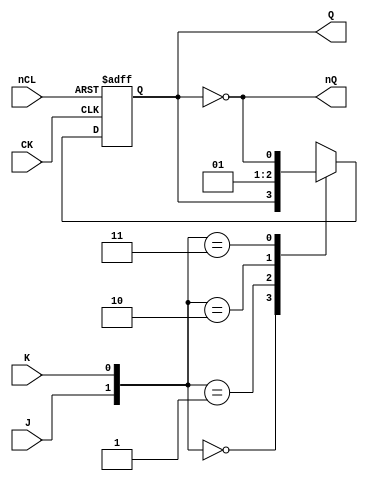
// Fujitsu AV cell
// Positive Edge Clocked Power JKFF with CLEAR
// furrtek 2022

`timescale 1ns/100ps

module FJD(
	input CK,
	input J, K,
	input nCL,
	output reg Q = 1'b0,
	output nQ
);
	
	always @(posedge CK or negedge nCL) begin
		if (~nCL)
			Q <= #1 1'b0;					// tmax = 5.1ns
		else begin
			case({J, K})
				2'b00 : Q <= #2 Q;		// tmax = 7.9ns
				2'b01 : Q <= #2 1'b0;
				2'b10 : Q <= #2 1'b1;
				2'b11 : Q <= #2 ~Q;
			endcase
		end
	end
	
	assign nQ = ~Q;

endmodule